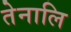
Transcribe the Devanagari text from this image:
तेनालि